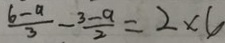
\frac { 6 - a } { 3 } - \frac { 3 - a } { 2 } = 2 \times 6